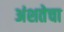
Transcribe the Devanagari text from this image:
अंशतेचा